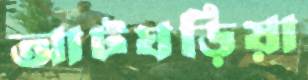
আটঘড়িয়া